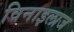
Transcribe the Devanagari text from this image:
विनाइलाज